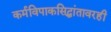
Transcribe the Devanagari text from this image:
कर्मविपाकसिद्धांतावरही